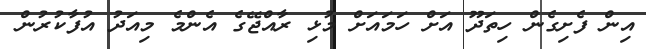
އިން ފެށިގެން ހިތަދޫ އަށް ހަމައަށް މުޅި ރާއްޖޭގެ އެންމެ މިއަދު އުފާކުރުން